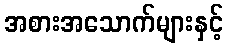
အစားအသောက်များနှင့်